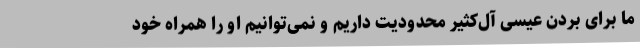
ما برای بردن عیسی آل‌کثیر محدودیت داریم و نمی‌توانیم او را همراه خود